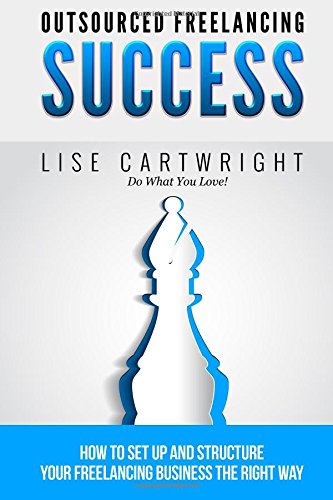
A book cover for Outsourced Freelancing Success: How to Set Up and Structure Your  Freelancing Business the Right Way! (OFS Guide Series) (Volume 4); Lise Cartwright; Business & Money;